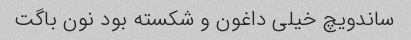
ساندویچ خیلی داغون و شکسته بود نون باگت